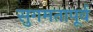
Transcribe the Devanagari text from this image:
सुगमतापूर्व